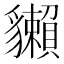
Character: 𧴡